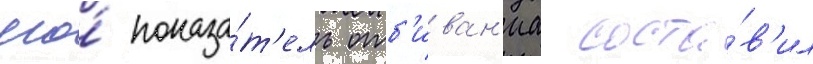
его́ показа́т'ель отб'иван'иа соста́в'ил